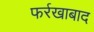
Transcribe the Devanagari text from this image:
फर्रखाबाद